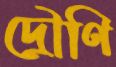
দ্রৌণি